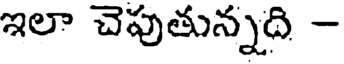
ఇలా చెపుతున్నది -